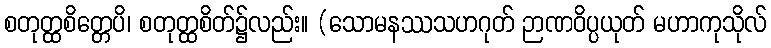
စတုတ္ထစိတ္တေပိ၊ စတုတ္ထစိတ်၌လည်း။ (သောမနဿသဟဂုတ် ဉာဏဝိပ္ပယုတ် မဟာကုသိုလ်